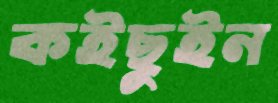
কইছুইন